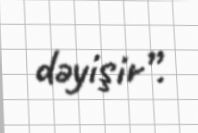
dəyişir”.